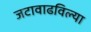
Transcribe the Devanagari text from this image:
जटावाढविल्या